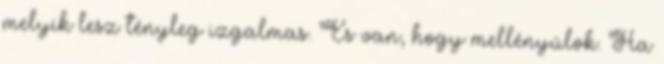
melyik lesz tényleg izgalmas. És van, hogy mellényúlok. Ha